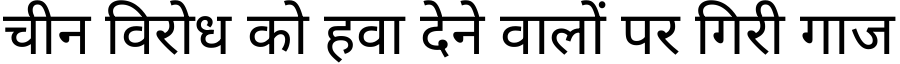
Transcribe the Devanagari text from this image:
चीन विरोध को हवा देने वालों पर गिरी गाज